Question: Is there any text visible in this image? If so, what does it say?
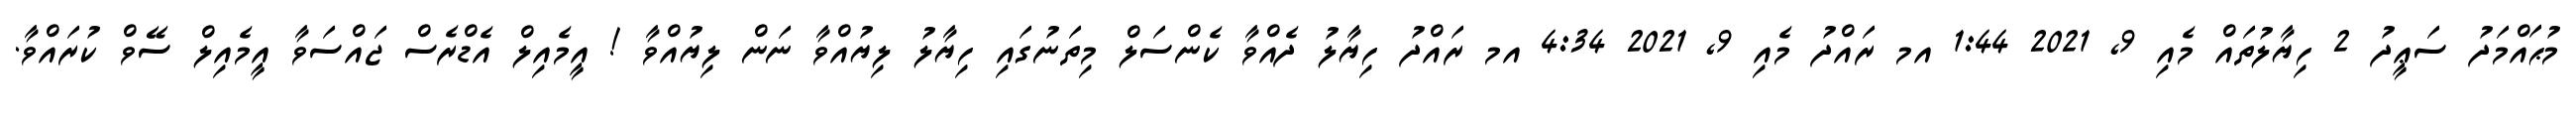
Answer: މުޙައްމަދު ސަޢީދު 2 ހިޔާލުތައް މެއި 9, 2021 1:44 އމ ރައްދު މެއި 9, 2021 4:34 އމ ރައްދު ހިޔާލު ދެއްވާ ކެންސަލް މިތަނުގައި ހިޔާލު ލިޔުއްވާ ނަން ލިޔުއްވާ ! އީމެއިލް އެޑްރެސް ޖައްސަވާ އީމެއިލް ސޭވް ކުރައްވާ.